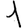
Digit: 1